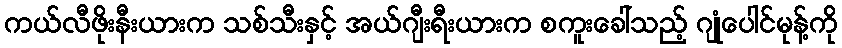
ကယ်လီဖိုးနီးယားက သစ်သီးနှင့် အယ်ဂျီးရီးယားက စကူးခေါ်သည့် ဂျုံပေါင်မုန့်ကို